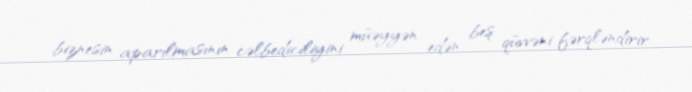
biznesin aparılmasının cəlbediciliyini müəyyən edən beş qüvvəni fərqləndirir.